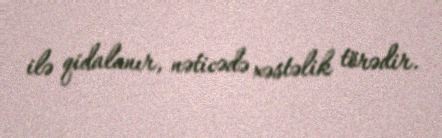
ilə qidalanır, nəticədə xəstəlik törədir.